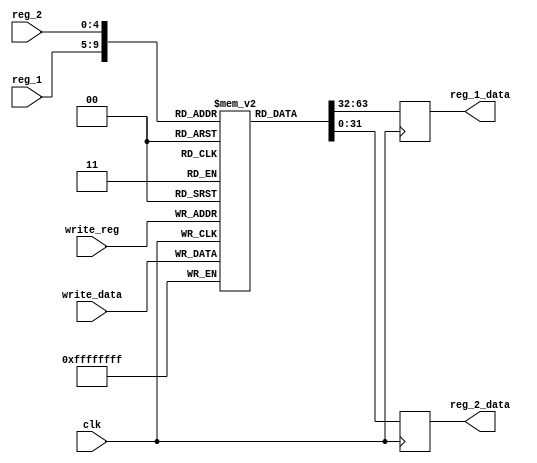
`timescale 1ns / 1ps
//////////////////////////////////////////////////////////////////////////////////
//Project - ECE690
//Maker - Jagrut Jadhav
//////////////////////////////////////////////////////////////////////////////////


module register_file(
input clk,
input [4:0] reg_1,
input [4:0] reg_2,
input [4:0] write_reg,
input [31:0] write_data,
output [31:0] reg_1_data,
output [31:0] reg_2_data
    );
    reg [31:0] register [31:0] ;
    reg [31:0] reg_1_d;
    reg [31:0] reg_2_d;
    
    initial 
    begin
    register [5'd0] <= 32'd0;
    ////////intially feeding values 
    register [5'b01001] <= 32'd15;     //$t1 value
    register [5'b01010] <= 32'd20;     //$t2 value
    register [5'b01011] <= 32'd25;     //$t3 value
    register [5'b01110] <= 32'd40;     //$t6 value
    end
    always @ (posedge clk)
    begin
        register[write_reg] <= write_data;
    end
    
    always @ (negedge clk)
    begin
        reg_1_d <= register[reg_1];
        reg_2_d <= register[reg_2];
    end
    
    assign reg_1_data = reg_1_d;
    assign reg_2_data = reg_2_d;
endmodule